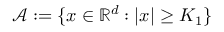
\mathcal { A } : = \{ x \in \mathbb { R } ^ { d } : | x | \geq K _ { 1 } \}